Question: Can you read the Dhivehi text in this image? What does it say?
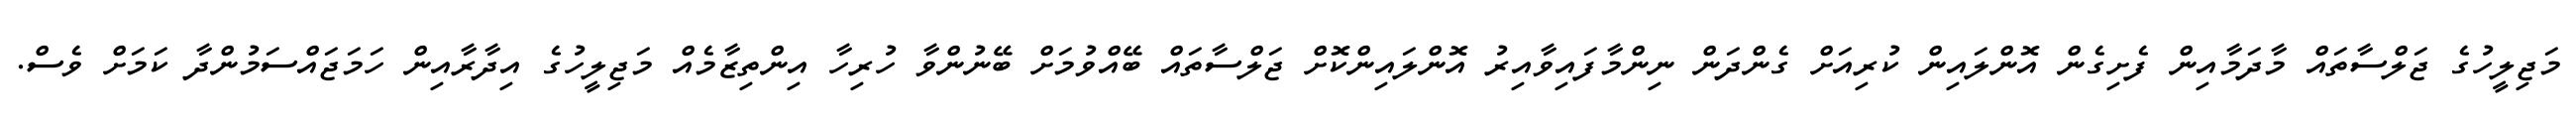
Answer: މަޖިލީހުގެ ޖަލްސާތައް މާދަމާއިން ފެށިގެން އޮންލައިން ކުރިއަށް ގެންދަން ނިންމާފައިވާއިރު އޮންލައިންކޮށް ޖަލްސާތައް ބޭއްވުމަށް ބޭނުންވާ ހުރިހާ އިންތިޒާމެއް މަޖިލީހުގެ އިދާރާއިން ހަމަޖައްސަމުންދާ ކަމަށް ވެސް.